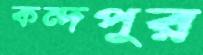
কন্দপুর